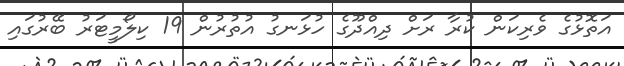
އަތޮޅުގެ ވެރިކަން ކުރާ ރަށް ދިއްދޫގެ ހުޅަނގު އުތުރުން 19 ކިލޯމީޓަރު ބޭރުގައި